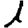
Digit: 1